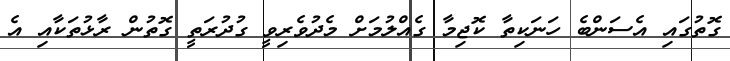
ގޮތުގައި އެސަންބެ ހަނަކިތާ ކޮޖިމާ ގެއްލުމަށް މެދުވެރިވީ ގުދުރަތީ ގޮތުން ރާޅުތަކާއި އެ